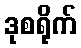
ဒုစရိုက်